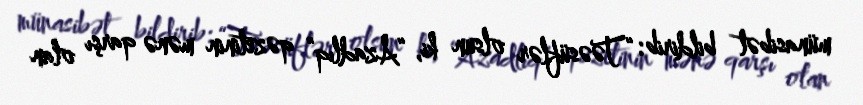
münasibət bildirib: “Təəsüflər olsun ki, “Azadlıq” qəzetinin mənə qarşı olan